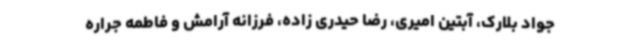
جواد بلارک، آبتین امیری، رضا حیدری زاده، فرزانه آرامش و فاطمه جراره